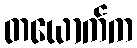
တယောက်က